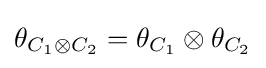
\theta _{C_{1}\otimes C_{2}}=\theta _{C_{1}}\otimes \theta _{C_{2}}